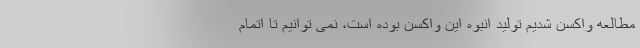
مطالعه واکسن شدیم تولید انبوه این واکسن بوده است، نمی توانیم تا اتمام